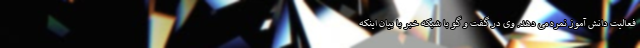
فعالیت دانش آموز نمره می دهد. وی در گفت و گو با شبکه خبر با بیان اینکه